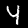
Digit: 4